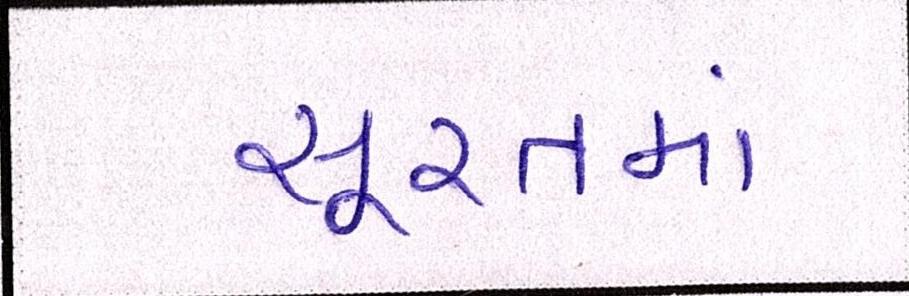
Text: સૂરતમાં